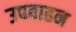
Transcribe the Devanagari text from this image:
उपवाहन